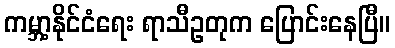
ကမ္ဘာ့နိုင်ငံရေး ရာသီဥတုက ပြောင်းနေပြီ။